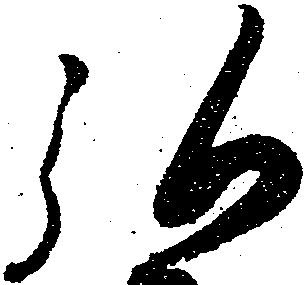
弘